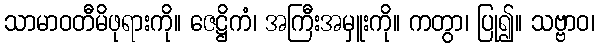
သာမာဝတီမိဖုရားကို။ ဇေဋ္ဌိကံ၊ အကြီးအမှူးကို။ ကတွာ၊ ပြု၍။ သဗ္ဗာဝ၊